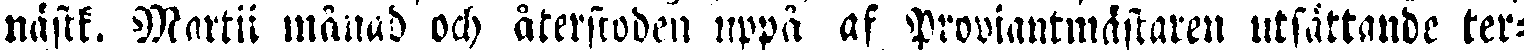
nästk. Martii månad och återstoden uppä af Proviantmästaren utsättande ter-